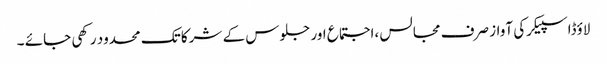
لاؤڈاسپیکرکی آواز صرف مجالس ،اجتماع اور جلوس کے شرکا تک محدود رکھی جائے ۔